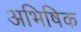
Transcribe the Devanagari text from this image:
अभिषिक